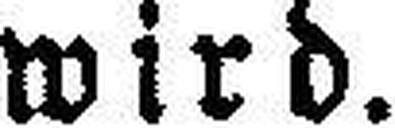
wird.